Civil Veterinary Dept. Bombay admin report 1900-1906 - 1900-1906
Year: 1900
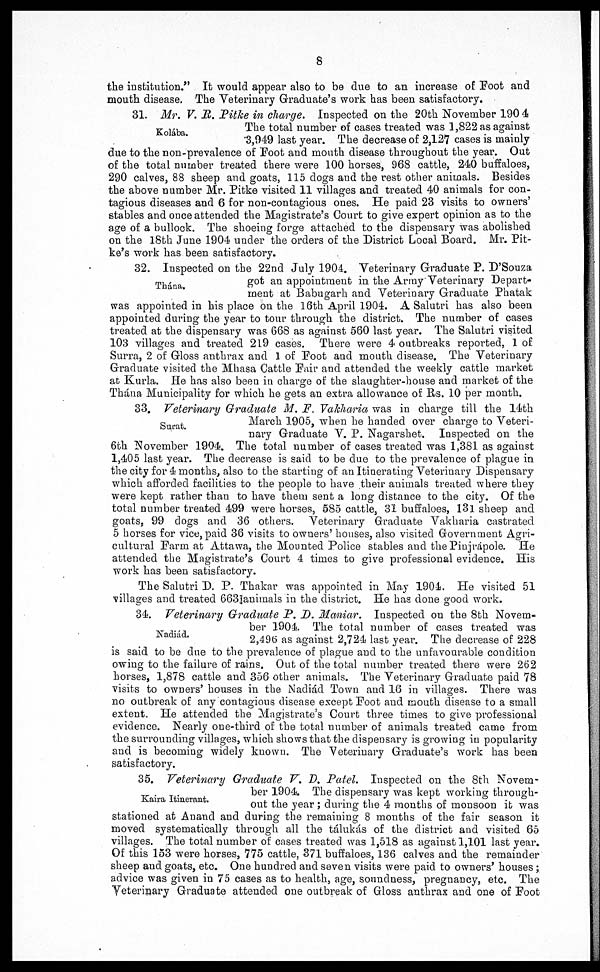
8
the institution." It would appear also to be due to an increase of Foot and
mouth disease. The Veterinary Graduate's work has been satisfactory.
Kolába.
31. Mr. V. R. Pitke in charge. Inspected on the 20th November 1904
The total number of cases treated was 1,822 as against
3,049 last year. The decrease of 2,127 cases is mainly
due to the non-prevalence of Foot and mouth disease throughout the year. Out
of the total number treated there were 100 horses, 968 cattle, 240 buffaloes,
290 calves, 88 sheep and goats, 115 dogs and the rest other animals. Besides
the above number Mr. Pitke visited 11 villages and treated 40 animals for con-
tagious diseases and 6 for non-contagious ones. He paid 23 visits to owners'
stables and once attended the Magistrate's Court to give expert opinion as to the
age of a bullock. The shoeing forge attached to the dispensary was abolished
on the 18th June 1904 under the orders of the District Local Board. Mr. Pit-
ke's work has been satisfactory.
Thána.
32. Inspected on the 22nd July 1904. Veterinary Graduate P. D'Souza
got an appointment in the Array Veterinary Depart-
ment at Babugarh and Veterinary Graduate Phatak
was appointed in his place on the 16th April 1904. A Salutri has also been
appointed during the year to tour through the district. The number of cases
treated at the dispensary was 668 as against 560 last year. The Salutri visited
103 villages and treated 219 cases. There were 4 outbreaks reported, 1 of
Surra, 2 of Gloss anthrax and 1 of Foot and mouth disease. The Veterinary
Graduate visited the Mhasa Cattle Fair and attended the weekly cattle market
at Kurla. He has also been in charge of the slaughter-house and market of the
Thána Municipality for which he gets an extra allowance of Rs. 10 per month.
Surat.
33. Veterinary Graduate M. F. Vakharia was in charge till the 14th
March 1905, when he handed over charge to Veteri-
nary Graduate V. P. Nagarshet. Inspected on the
6th November 1904. The total number of cases treated was 1,381 as against
1,405 last year. The decrease is said to be due to the prevalence of plague in
the city for 4 months, also to the starting of an Itinerating Veterinary Dispensary
which afforded facilities to the people to have their animals treated where they
were kept rather than to have them sent a long distance to the city. Of the
total number treated 499 were horses, 585 cattle, 31 buffaloes, 131 sheep and
goats, 99 dogs and 36 others. Veterinary Graduate Vakharia castrated
5 horses for vice, paid 36 visits to owners' houses, also visited Government Agri-
cultural Farm at Attawa, the Mounted Police stables and the Pinjrápole. He
attended the Magistrate's Court 4 times to give professional evidence. His
work has been satisfactory.
The Salutri D. P. Thakar was appointed in May 1904. He visited 51
villages and treated 663 animals in the district. He has done good work.
Nadiád.
34. Veterinary Graduate P. D. Maniar. Inspected on the 8th Novem-
ber 1904. The total number of cases treated was
2,496 as against 2,724 last year. The decrease of 228
is said to be due to the prevalence of plague and to the unfavourable condition
owing to the failure of rains. Out of the total number treated there were 262
horses, 1,878 cattle and 356 other animals. The Veterinary Graduate paid 78
visits to owners' houses in the Nadiád Town and 16 in villages. There was
no outbreak of any contagious disease except Foot and mouth disease to a small
extent. He attended the Magistrate's Court three times to give professional
evidence. Nearly one-third of the total number of animals treated came from
the surrounding villages, which shows that the dispensary is growing in popularity
and is becoming widely known. The Veterinary Graduate's work has been
satisfactory.
Kaira Itinerant.
35. Veterinary Graduate V. D. Patel. Inspected on the 8th Novem-
ber 1904. The dispensary was kept working through-
out the year; during the 4 months of monsoon it was
stationed at Anand and during the remaining 8 months of the fair season it
moved systematically through all the tálukás of the district and visited 65
villages. The total number of cases treated was 1,518 as against 1,101 last year.
Of this 153 were horses, 775 cattle, 371 buffaloes, 136 calves and the remainder
sheep and goats, etc. One hundred and seven visits were paid to owners' houses;
advice was given in 75 cases as to health, age, soundness, pregnancy, etc. The
Veterinary Graduate attended one outbreak of Gloss anthrax and one of Foot